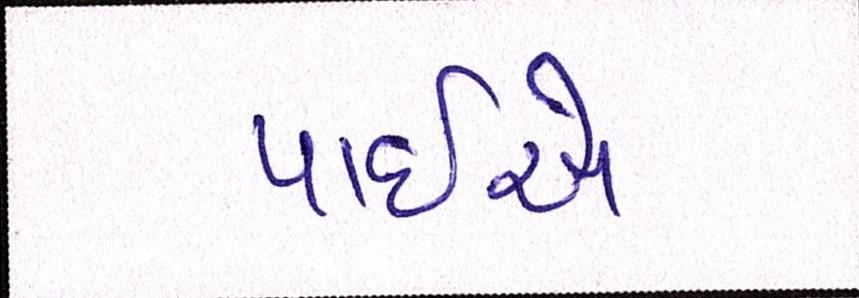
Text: પાઈએ